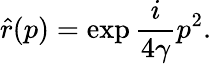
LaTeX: \hat{r}(p)=\exp{\frac{i}{4\gamma}p^{2}}.